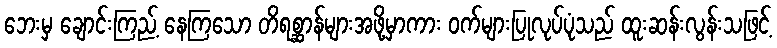
ဘေးမှ ချောင်းကြည့် နေကြသော တိရစ္ဆာန်များအဖို့မှာကား ဝက်များပြုလုပ်ပုံသည် ထူးဆန်းလွန်းသဖြင့်